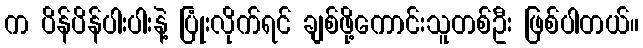
က ပိန်ပိန်ပါးပါးနဲ့ ပြုံးလိုက်ရင် ချစ်ဖို့ကောင်းသူတစ်ဦး ဖြစ်ပါတယ်။